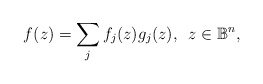
\begin{align*}f(z)=\sum_{j}f_j(z)g_j(z),\,\,\,z\in \mathbb B^n,\end{align*}